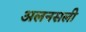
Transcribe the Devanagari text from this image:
अलनसली